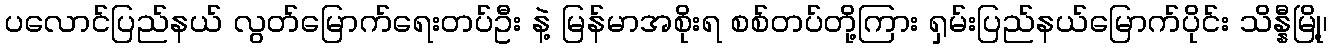
ပလောင်ပြည်နယ် လွတ်မြောက်ရေးတပ်ဦး နဲ့ မြန်မာအစိုးရ စစ်တပ်တို့ကြား ရှမ်းပြည်နယ်မြောက်ပိုင်း သိန္နီမြို့၊